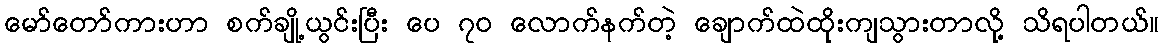
မော်တော်ကားဟာ စက်ချို့ယွင်းပြီး ပေ ၇၀ လောက်နက်တဲ့ ချောက်ထဲထိုးကျသွားတာလို့ သိရပါတယ်။